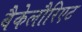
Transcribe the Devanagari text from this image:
बैकेलौरिएट